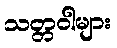
သတ္တဝါများ